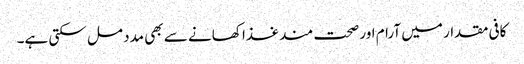
کافی مقدار میں آرام اور صحت مند غذا کھانے سے بھی مدد مل سکتی ہے۔